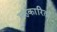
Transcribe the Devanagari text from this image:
सहकारिता